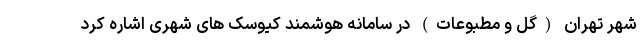
شهر تهران (گل و مطبوعات) در سامانه هوشمند کیوسک های شهری اشاره کرد